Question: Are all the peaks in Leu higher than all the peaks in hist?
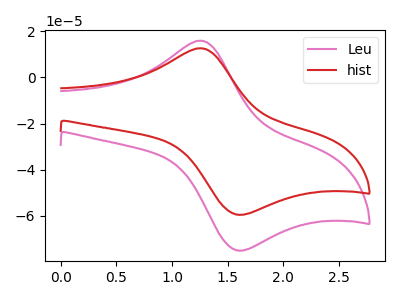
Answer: <think>The pink curve "Leu" has an anodic peak at (1.25V, 15.85uA) and a cathodic peak at (1.60V, -74.85uA). The red curve "hist" has an anodic peak at (1.25V, 12.60uA) and a cathodic peak at (1.60V, -59.40uA).</think>
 <answer>Every peak in "Leu" is higher than every peak in "hist".</answer>
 <eval>higher</eval>